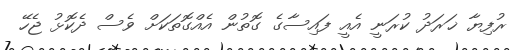
ރުފިޔާ ޚަރަދު ކުރަނީ އެއީ ފައިސާގެ ގޮތުން އެއްގޮތަކަށް ވެސް ދެކޮޅު ޖެހޭ